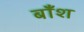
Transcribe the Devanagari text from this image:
बाँश